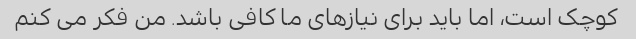
کوچک است، اما باید برای نیازهای ما کافی باشد. من فکر می کنم